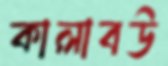
কালাবউ